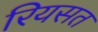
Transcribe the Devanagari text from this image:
रियसत